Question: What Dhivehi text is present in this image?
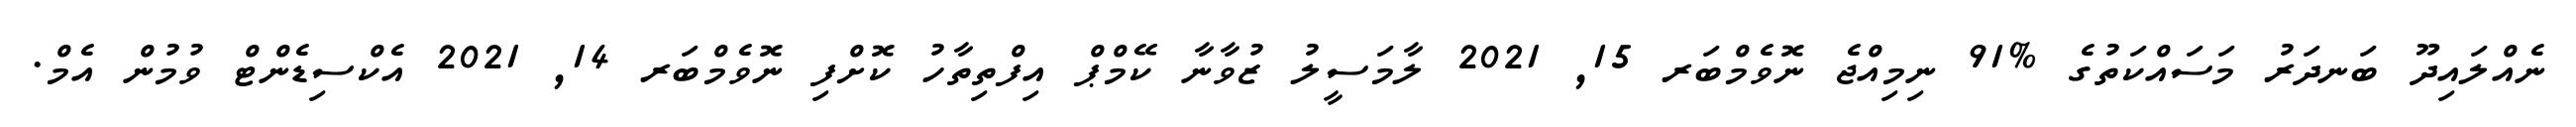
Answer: ނެއްލައިދޫ ބަނދަރު މަސައްކަތުގެ %91 ނިމިއްޖެ ނޮވެމްބަރ 15, 2021 ލާމަސީލު ޒުވާނާ ކޭމްޕް އިފްތިތާހު ކޮށްފި ނޮވެމްބަރ 14, 2021 އެކްސިޑެންޓް ވުމުން އެމް.